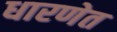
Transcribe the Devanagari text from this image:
धारणेत